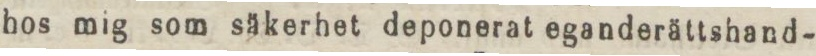
hos mig som säkerhet deponerat eganderättshand-